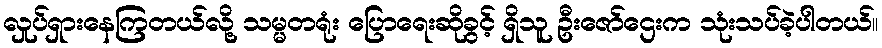
လှုပ်ရှားနေကြတယ်လို့ သမ္မတရုံး ပြောရေးဆိုခွင့် ရှိသူ ဦးဇော်ဌေးက သုံးသပ်ခဲ့ပါတယ်။